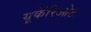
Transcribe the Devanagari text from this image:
यूकॅरिओट